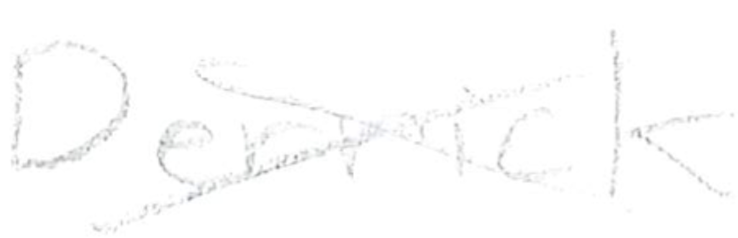
Text: Derrick
Cross-out: mix
Writing tool: pencil